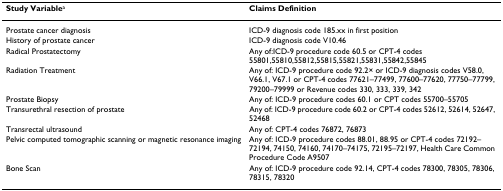
<table><thead><tr><td><b>Study Variable<sup>a</sup></b></td><td><b>Claims Definition</b></td></tr></thead><tbody><tr><td>Prostate cancer diagnosis</td><td>ICD-9 diagnosis code 185.xx in first position</td></tr><tr><td>History of prostate cancer</td><td>ICD-9 diagnosis code V10.46</td></tr><tr><td>Radical Prostatectomy</td><td>Any of:ICD-9 procedure code 60.5 or CPT-4 codes 55801,55810,55812,55815,55821,55831,55842,55845</td></tr><tr><td>Radiation Treatment</td><td>Any of: ICD-9 procedure code 92.2× or ICD-9 diagnosis codes V58.0, V66.1, V67.1 or CPT-4 codes 77621–77499, 77600–77620, 77750–77799, 79200–79999 or Revenue codes 330, 333, 339, 342</td></tr><tr><td>Prostate Biopsy</td><td>Any of: ICD-9 procedure codes 60.1 or CPT codes 55700–55705</td></tr><tr><td>Transurethral resection of prostate</td><td>Any of: ICD-9 procedure code 60.2 or CPT-4 codes 52612, 52614, 52647, 52468</td></tr><tr><td>Transrectal ultrasound</td><td>Any of: CPT-4 codes 76872, 76873</td></tr><tr><td>Pelvic computed tomographic scanning or magnetic resonance imaging</td><td>Any of: ICD-9 procedure codes 88.01, 88.95 or CPT-4 codes 72192–72194, 74150, 74160, 74170–74175, 72195–72197, Health Care Common Procedure Code A9507</td></tr><tr><td>Bone Scan</td><td>Any of: ICD-9 procedure code 92.14, CPT-4 codes 78300, 78305, 78306, 78315, 78320</td></tr></tbody></table>